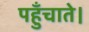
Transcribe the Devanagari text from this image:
पहुँचाते।